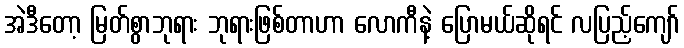
အဲဒီတော့ မြတ်စွာဘုရား ဘုရားဖြစ်တာဟာ လောကီနဲ့ ပြောမယ်ဆိုရင် လပြည့်ကျော်